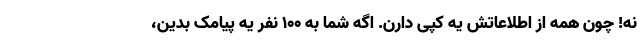
نه! چون همه از اطلاعاتش یه کپی دارن. اگه شما به 100 نفر یه پیامک بدین،